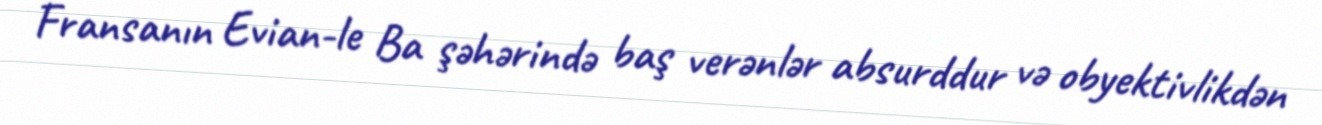
Fransanın Evian-le Ba şəhərində baş verənlər absurddur və obyektivlikdən